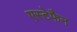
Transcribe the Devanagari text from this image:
एस्टेफैन